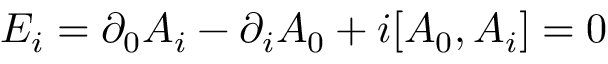
E _ { i } = \partial _ { 0 } A _ { i } - \partial _ { i } A _ { 0 } + i [ A _ { 0 } , A _ { i } ] = 0